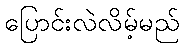
ပြောင်းလဲလိမ့်မည်